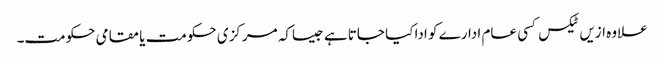
علاوہ ازیں ٹیکس کسی عام ادارے کو ادا کیا جاتا ہے جیساکہ مرکزی حکومت یا مقامی حکومت۔